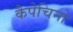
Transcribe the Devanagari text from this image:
कैपेचिनो